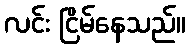
လင်း ငြိမ်နေသည်။